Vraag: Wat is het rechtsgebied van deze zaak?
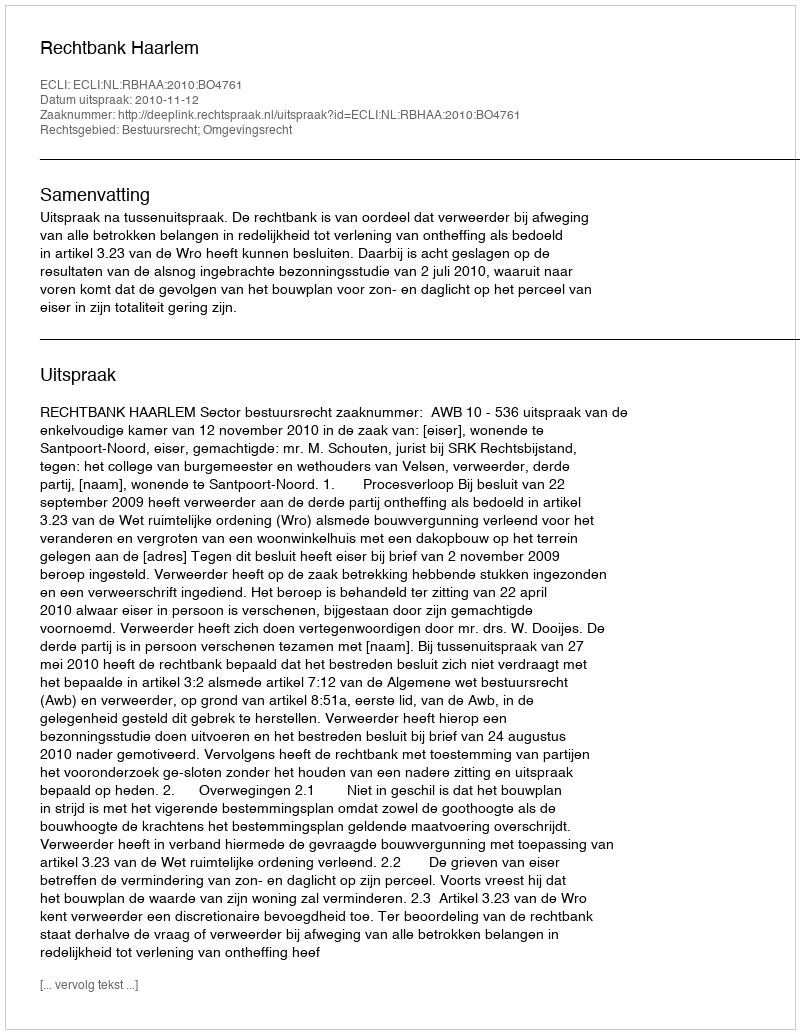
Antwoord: Bestuursrecht; Omgevingsrecht